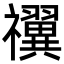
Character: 𬓝